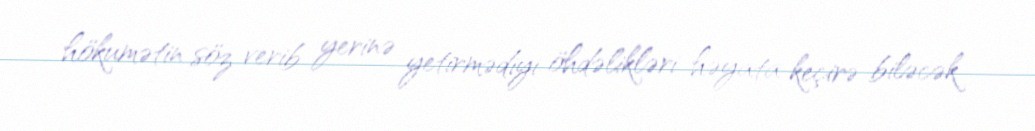
hökumətin söz verib yerinə yetirmədiyi öhdəlikləri həyata keçirə biləcək